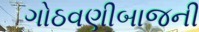
ગોઠવણીબાજની